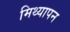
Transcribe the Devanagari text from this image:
मिथ्यापन